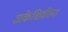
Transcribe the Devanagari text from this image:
अकेशिकीय।